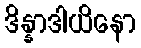
ဒိန္နာဒါယိနော